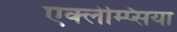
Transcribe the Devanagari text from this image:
एक्लेम्प्सिया